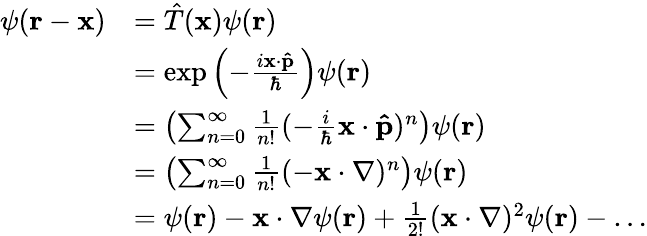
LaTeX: {\begin{array}{rl}{\psi(\mathbf{r}-\mathbf{x})}&{={\hat{T}}(\mathbf{x})\psi(\mathbf{r})}\\ &{=\exp\left(-{\frac{i\mathbf{x}\cdot\mathbf{\hat{p}}}{\hbar}}\right)\psi(\mathbf{r})}\\ &{=\left(\sum_{n=0}^{\infty}{\frac{1}{n!}}(-{\frac{i}{\hbar}}\mathbf{x}\cdot\mathbf{\hat{p}})^{n}\right)\psi(\mathbf{r})}\\ &{=\left(\sum_{n=0}^{\infty}{\frac{1}{n!}}(-\mathbf{x}\cdot\mathbf{\nabla})^{n}\right)\psi(\mathbf{r})}\\ &{=\psi(\mathbf{r})-\mathbf{x}\cdot\mathbf{\nabla}\psi(\mathbf{r})+{\frac{1}{2!}}(\mathbf{x}\cdot\mathbf{\nabla})^{2}\psi(\mathbf{r})-\dots}\end{array}}